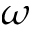
\omega